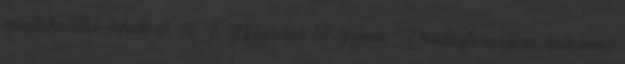
megtakarítás érhető el. K.T. Március 12 Hírek Vendégforgalom: hatalmas